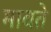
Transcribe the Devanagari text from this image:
मावते